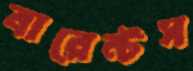
বারেন্টস